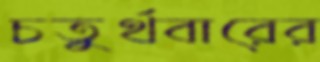
চতুর্থবারের